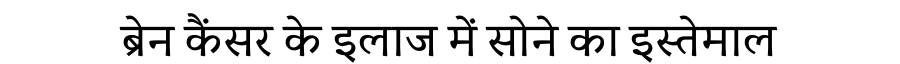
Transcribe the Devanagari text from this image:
ब्रेन कैंसर के इलाज में सोने का इस्तेमाल